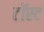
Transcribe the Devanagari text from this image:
टॉस्ट